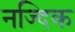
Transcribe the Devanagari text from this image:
नज्दिक